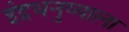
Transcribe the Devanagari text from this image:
इंद्रधनुष्याला